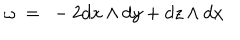
\omega \ = \ - 2 d x \wedge d y + d z \wedge d x